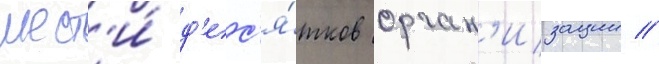
шест'и́ д'ес'я́тков орган'изации //